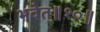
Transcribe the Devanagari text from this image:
भवेत्‌॥१०॥